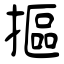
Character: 摳